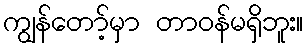
ကျွန်တော့်မှာ တာဝန်မရှိဘူး။